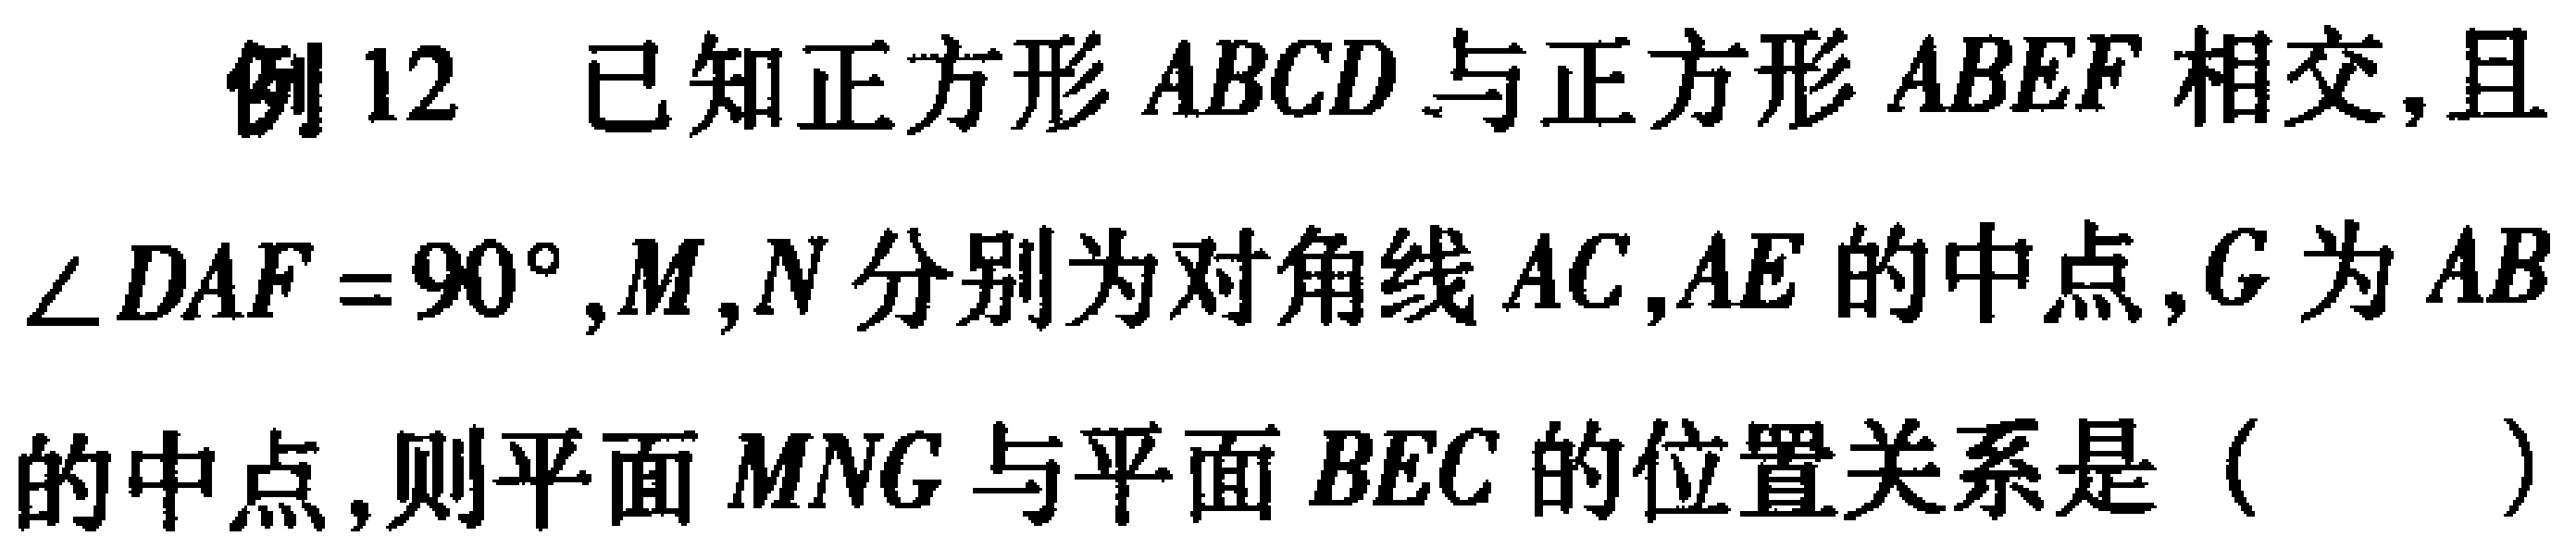
例 12 已知正方形 \(ABCD\) 与正方形 \(ABEF\) 相交，且\(\angle DAF = 90^{\circ},M,N\) 分别为对角线 \(AC,AE\) 的中点，\(G\) 为 \(AB\)的中点，则平面 \(MNG\) 与平面 \(BEC\) 的位置关系是（  ）